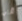
لاين